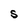
Character: S